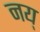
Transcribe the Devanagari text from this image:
नय्